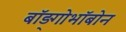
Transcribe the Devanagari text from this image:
बाॅड़्गोभाॅबोन